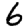
Digit: 6